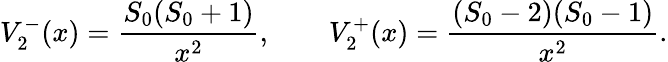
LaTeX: V_{2}^{-}(x)=\frac{S_{0}(S_{0}+1)}{x^{2}},\qquad V_{2}^{+}(x)=\frac{(S_{0}-2)(S_{0}-1)}{x^{2}}.